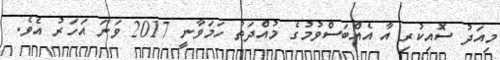
މިއަދު ސޮއިކުރި އާ އެއްބަސްވުމުގެ މުއްދަތު ހަމަވާނީ 2017 ވަނަ އަހަރު އެވެ.